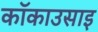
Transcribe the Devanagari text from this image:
कॉकाउसाइ